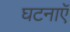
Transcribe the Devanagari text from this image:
घटनाएॅ